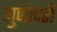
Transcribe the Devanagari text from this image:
गुणोदरी